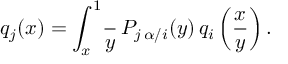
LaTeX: q _ { j } ( x ) = \int _ { x } ^ { 1 } \! \frac { \d y } { y } \, P _ { j \, \alpha / i } ( y ) \, q _ { i } \left( \frac { x } { y } \right) .